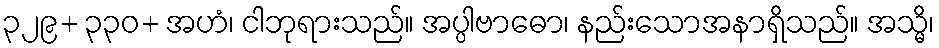
၃၂၉+ ၃၃၀+ အဟံ၊ ငါဘုရားသည်။ အပ္ပါဗာဓော၊ နည်းသောအနာရှိသည်။ အသ္မိ၊